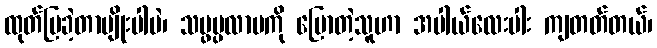
ထုတ်ပြခဲ့တာမျိုးပါပဲ၊ သမ္ဖပ္ပလာပကို ပြောတဲ့သူဟာ အပါယ်လေးပါး ကျတတ်တယ်၊